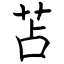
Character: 苫